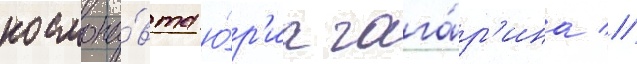
космона́вта ю́р'иа гага́р'ина //